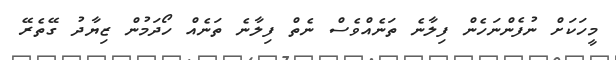
މީހަކަށް ނުފެންނަހެން ފިލާނެ ތަނެއްވެސް ނެތް ފިލާނެ ތަނެއް ހޯދަމުން ޒިޔާދު ގޭތެރޭ